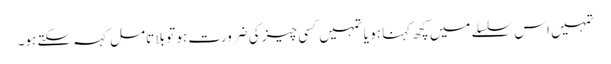
تمہیں اس سلسلے میں کچھ کہنا ہو یا تمہیں کسی چیز کی ضرورت ہو تو بلا تامل کہہ سکتے ہو۔